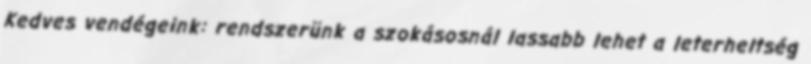
Kedves vendégeink: rendszerünk a szokásosnál lassabb lehet a leterheltség